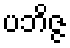
ပဘိဇ္ဇ